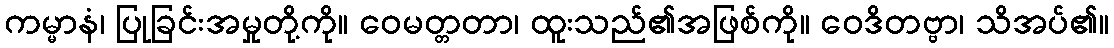
ကမ္မာနံ၊ ပြုခြင်းအမှုတို့ကို။ ဝေမတ္တတာ၊ ထူးသည်၏အဖြစ်ကို။ ဝေဒိတဗ္ဗာ၊ သိအပ်၏။